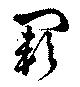
闕